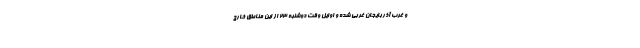
و غرب آذربایجان غربی شده و اوایل وقت دوشنبه ۲۳ از این مناطق خارج